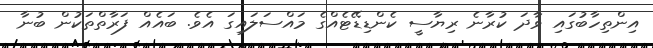
އިންތިހާބުގައި ވާދަ ކުރާނެ ރިޔާސީ ކެންޑިޑޭޓެއްގެ މައްސަލައިގަ އެވެ. ބައެއް ފަރާތްތަކުން ބުނާ